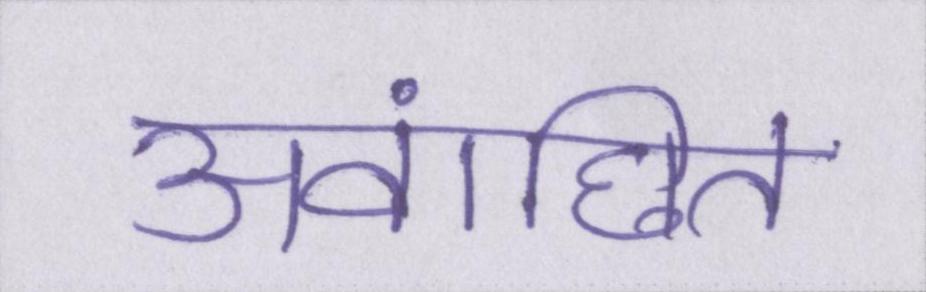
अवांछित